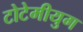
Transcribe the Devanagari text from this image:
टोटेमीयुग